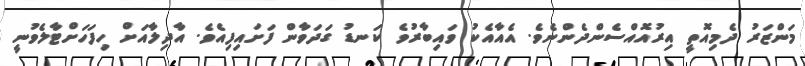
މަންޒަރު ދެމިއޮތީ އިރުއޮއްސެންދެންނެވެ. އެއާއެކު ވައިބާރުވެ ކަނޑު ގަދަވާން ފަށައިފިއެވެ. އާދިލާއަށް ހިފަހަށްޓާލެވުނީ